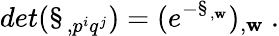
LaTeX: det(\S_{,p^{i}q^{j}})=(e^{-\S_{,\mathbf{w}}})_{,\mathbf{w}}\ .